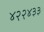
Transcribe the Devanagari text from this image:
४२२४३३